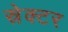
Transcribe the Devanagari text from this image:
स्रेक्टर